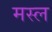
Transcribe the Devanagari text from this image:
मस्ल